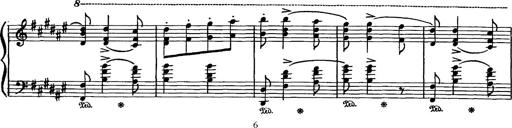
Title: Hungarian Rhapsody No.16
Composer: Franz Liszt
Key: A minor